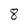
Character: 8